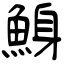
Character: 鯓